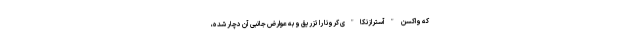
که واکسن "آسترازنکا"ی کرونا را تزریق و به عوارض جانبی آن دچار شده،